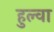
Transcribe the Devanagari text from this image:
हुल्वा